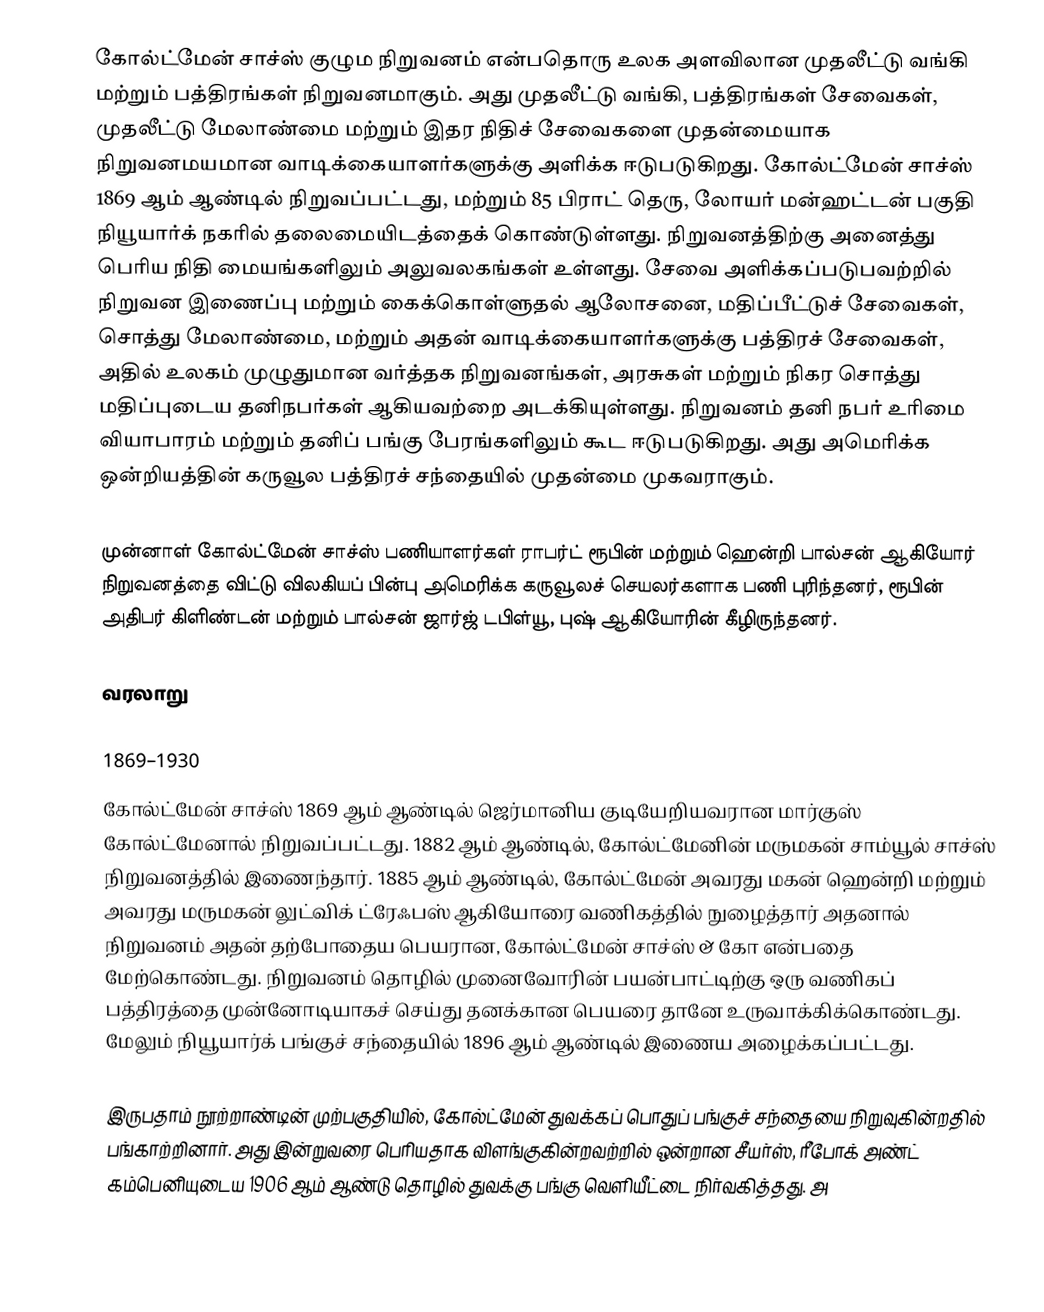
கோல்ட்மேன் சாச்ஸ் குழும நிறுவனம் என்பதொரு உலக அளவிலான முதலீட்டு வங்கி மற்றும் பத்திரங்கள் நிறுவனமாகும். அது முதலீட்டு வங்கி, பத்திரங்கள் சேவைகள், முதலீட்டு மேலாண்மை மற்றும் இதர நிதிச் சேவைகளை முதன்மையாக நிறுவனமயமான வாடிக்கையாளர்களுக்கு அளிக்க ஈடுபடுகிறது. கோல்ட்மேன் சாச்ஸ் 1869 ஆம் ஆண்டில் நிறுவப்பட்டது, மற்றும் 85 பிராட் தெரு, லோயர் மன்ஹட்டன் பகுதி நியூயார்க் நகரில் தலைமையிடத்தைக் கொண்டுள்ளது. நிறுவனத்திற்கு அனைத்து பெரிய நிதி மையங்களிலும் அலுவலகங்கள் உள்ளது. சேவை அளிக்கப்படுபவற்றில் நிறுவன இணைப்பு மற்றும் கைக்கொள்ளுதல் ஆலோசனை, மதிப்பீட்டுச் சேவைகள், சொத்து மேலாண்மை, மற்றும் அதன் வாடிக்கையாளர்களுக்கு பத்திரச் சேவைகள், அதில் உலகம் முழுதுமான வர்த்தக நிறுவனங்கள், அரசுகள் மற்றும் நிகர சொத்து மதிப்புடைய தனிநபர்கள் ஆகியவற்றை அடக்கியுள்ளது. நிறுவனம் தனி நபர் உரிமை வியாபாரம் மற்றும் தனிப் பங்கு பேரங்களிலும் கூட ஈடுபடுகிறது. அது அமெரிக்க ஒன்றியத்தின் கருவூல பத்திரச் சந்தையில் முதன்மை முகவராகும்.

முன்னாள் கோல்ட்மேன் சாச்ஸ் பணியாளர்கள் ராபர்ட் ரூபின் மற்றும் ஹென்றி பால்சன் ஆகியோர் நிறுவனத்தை விட்டு விலகியப் பின்பு அமெரிக்க கருவூலச் செயலர்களாக பணி புரிந்தனர், ரூபின் அதிபர் கிளிண்டன் மற்றும் பால்சன் ஜார்ஜ் டபிள்யூ, புஷ் ஆகியோரின் கீழிருந்தனர்.

வரலாறு

1869–1930
கோல்ட்மேன் சாச்ஸ் 1869 ஆம் ஆண்டில் ஜெர்மானிய குடியேறியவரான மார்குஸ் கோல்ட்மேனால் நிறுவப்பட்டது. 1882 ஆம் ஆண்டில், கோல்ட்மேனின் மருமகன் சாம்யூல் சாச்ஸ் நிறுவனத்தில் இணைந்தார். 1885 ஆம் ஆண்டில், கோல்ட்மேன் அவரது மகன் ஹென்றி மற்றும் அவரது மருமகன் லுட்விக் ட்ரேஃபஸ் ஆகியோரை வணிகத்தில் நுழைத்தார் அதனால் நிறுவனம் அதன் தற்போதைய பெயரான, கோல்ட்மேன் சாச்ஸ் & கோ என்பதை மேற்கொண்டது. நிறுவனம் தொழில் முனைவோரின் பயன்பாட்டிற்கு ஒரு வணிகப் பத்திரத்தை முன்னோடியாகச் செய்து தனக்கான பெயரை தானே உருவாக்கிக்கொண்டது. மேலும் நியூயார்க் பங்குச் சந்தையில் 1896 ஆம் ஆண்டில் இணைய அழைக்கப்பட்டது.

இருபதாம் நூற்றாண்டின் முற்பகுதியில், கோல்ட்மேன் துவக்கப் பொதுப் பங்குச் சந்தையை நிறுவுகின்றதில் பங்காற்றினார். அது இன்றுவரை பெரியதாக விளங்குகின்றவற்றில் ஒன்றான சீயர்ஸ், ரீபோக் அண்ட் கம்பெனியுடைய 1906 ஆம் ஆண்டு தொழில் துவக்கு பங்கு வெளியீட்டை நிர்வகித்தது. அ